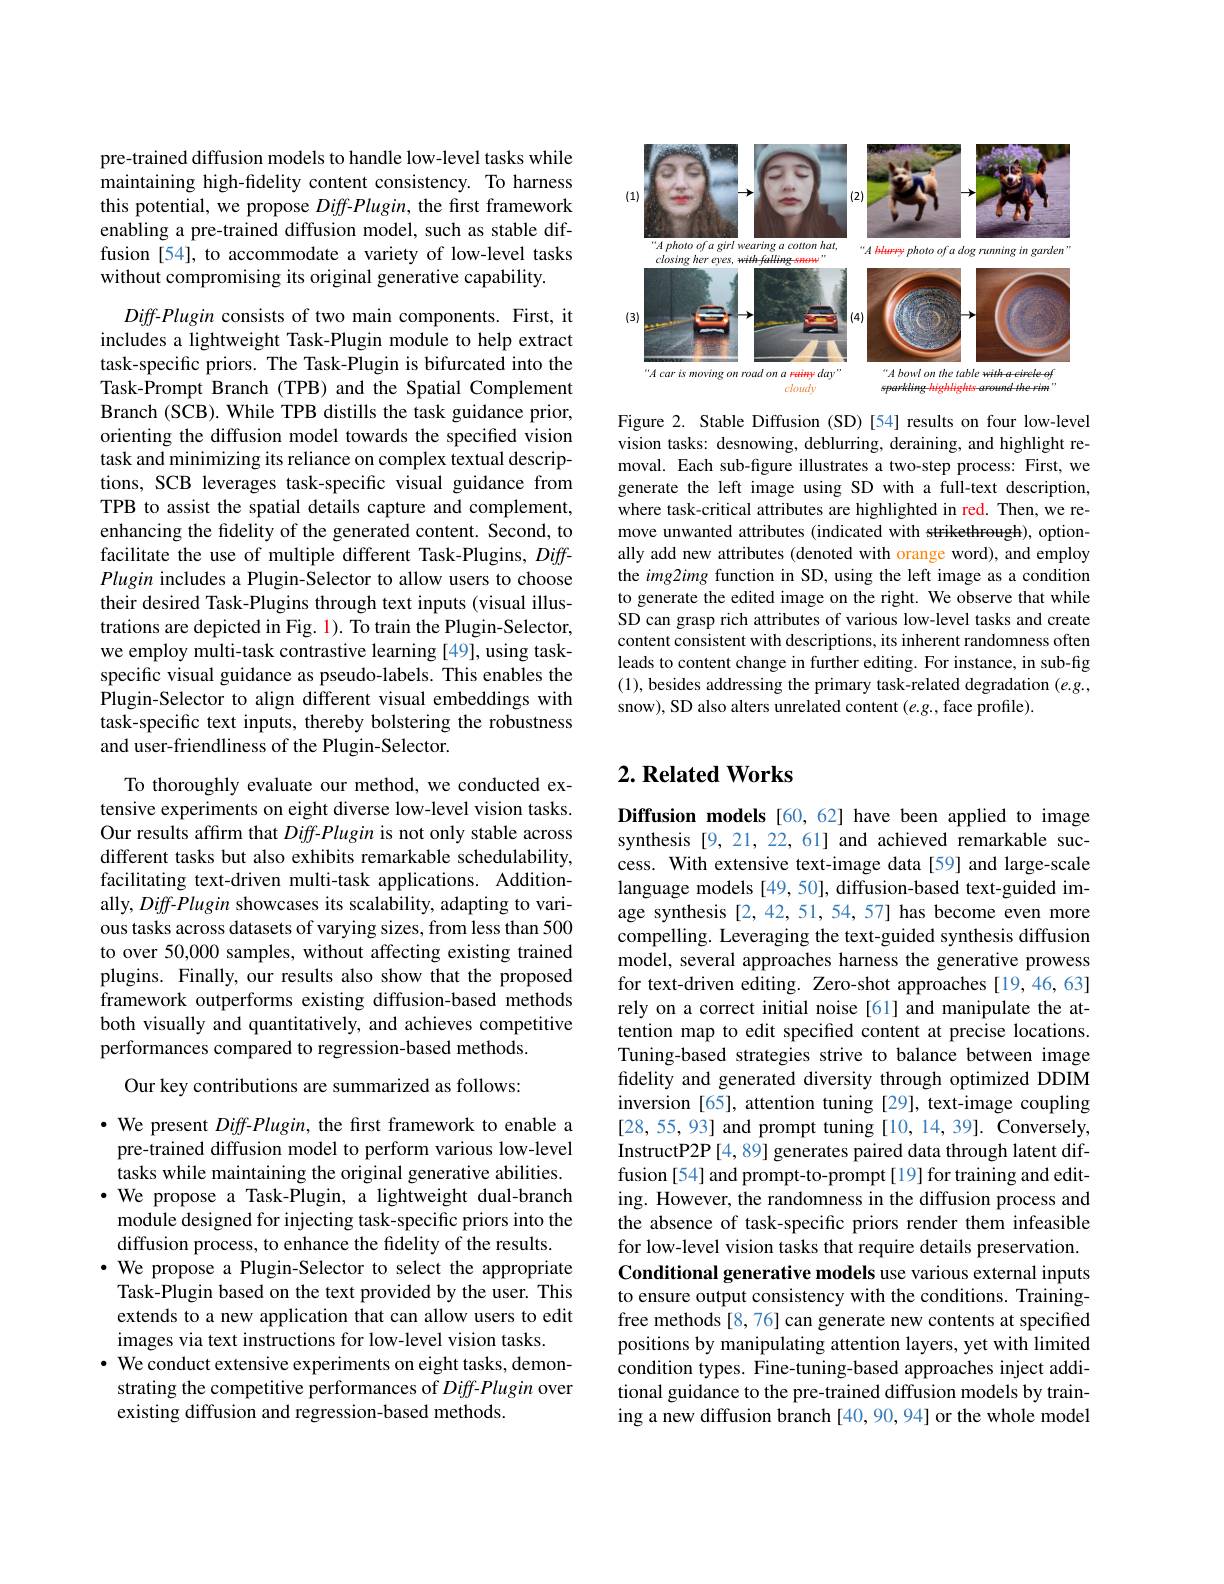
<FigureHere>

Figure 2. Stable Diffusion (SD)[54] results on four low-level vision tasks: desnowing, deblurring, deraining, and highlight removal. Each sub-figure illustrates a two-step process: First, we generate the left image using SD with a full-text description, where task-critical attributes are highlighted in red. Then, we remove unwanted attributes (indicated with strikethreugh), optionally add new attributes (denoted with orange word), and employ the img2img function in SD, using the left image as a condition to generate the edited image on the right. We observe that while SD can grasp rich attributes of various low-level tasks and create content consistent with descriptions, its inherent randomness often leads to content change in further editing. For instance, in sub-fig (1), besides addressing the primary task-related degradation (e.g., snow), SD also alters unrelated content $(e.g.$,face profile).

pre-trained diffusion models to handle low-level tasks while maintaining high-fidelity content consistency. To harness this potential, we propose $Diff-Plugin$, the first framework enabling a pre-trained diffusion model, such as stable diffusion [54], to accommodate a variety of low-level tasks without compromising its original generative capability.

Diff-Plugin consists of two main components. First, it includes a lightweight Task-Plugin module to help extract task-specific priors. The Task-Plugin is bifurcated into the Task-Prompt Branch (TPB) and the Spatial Complement Branch (SCB). While TPB distills the task guidance prior, orienting the diffusion model towards the specified vision task and minimizing its reliance on complex textual descriptions, SCB leverages task-specific visual guidance from TPB to assist the spatial details capture and complement, enhancing the fidelity of the generated content. Second, to facilitate the use of multiple different Task-Plugins, DiffPlugin includes a Plugin-Selector to allow users to choose their desired Task-Plugins through text inputs (visual illustrations are depicted in Fig. 1). To train the Plugin-Selector, we employ multi-task contrastive learning [49], using taskspecific visual guidance as pseudo-labels. This enables the Plugin-Selector to align different visual embeddings with task-specific text inputs, thereby bolstering the robustness and user-friendliness of the Plugin-Selector.

To thoroughly evaluate our method, we conducted extensive experiments on eight diverse low-level vision tasks. Our results affirm that $Diff-Plugin$ is not only stable across different tasks but also exhibits remarkable schedulability, facilitating text-driven multi-task applications. Additionally, Diff-Plugin showcases its scalability, adapting to various tasks across datasets of varying sizes, from less than 500 to over 50,000 samples, without affecting existing trained plugins. Finally, our results also show that the proposed framework outperforms existing diffusion-based methods both visually and quantitatively, and achieves competitive performances compared to regression-based methods.

Our key contributions are summarized as follows:

$\cdot$ We present Diff-Plugin, the first framework to enable a
pre-trained diffusion model to perform various low-level tasks while maintaining the original generative abilities.
·We propose a Task-Plugin, a lightweight dual-branch
module designed for injecting task-specific priors into the
diffusion process, to enhance the fidelity of the results.
· We propose a Plugin-Selector to select the appropriate
Task-Plugin based on the text provided by the user. This extends to a new application that can allow users to edit images via text instructions for low-level vision tasks.
$\cdot$ We conduct extensive experiments on eight tasks, demon-
strating the competitive performances of $Diff-Plugin$ over
existing diffusion and regression-based methods.

## $2. \textbf{Related Works}$

Diffusion models [60,62] have been applied to image synthesis [9,21,22,61] and achieved remarkable success. With extensive text-image data[59] and large-scale language models [49, 50], diffusion-based text-guided image synthesis [2,42,51,54,57] has become even more compelling. Leveraging the text-guided synthesis diffusion model, several approaches harness the generative prowess for text-driven editing. Zero-shot approaches [19,46,63] rely on a correct initial noise [61] and manipulate the attention map to edit specified content at precise locations. Tuning-based strategies strive to balance between image fidelity and generated diversity through optimized DDIM inversion [65], attention tuning [29], text-image coupling [28,55,93] and prompt tuning [10,14,39]. Conversely, InstructP2P[4,89] generates paired data through latent diffusion [54] and prompt-to-prompt [19] for training and editing. However, the randomness in the diffusion process and the absence of task-specific priors render them infeasible for low-level vision tasks that require details preservation. Conditional generative models use various external inputs to ensure output consistency with the conditions. Trainingfree methods [8,76] can generate new contents at specified positions by manipulating attention layers, yet with limited condition types. Fine-tuning-based approaches inject additional guidance to the pre-trained diffusion models by training a new diffusion branch [40,90,94] or the whole model